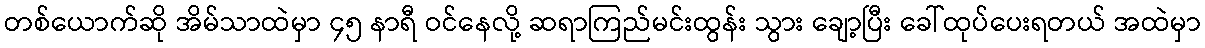
တစ်ယောက်ဆို အိမ်သာထဲမှာ ၄၅ နာရီ ဝင်နေလို့ ဆရာကြည်မင်းထွန်း သွား ချော့ပြီး ခေါ်ထုပ်ပေးရတယ် အထဲမှာ